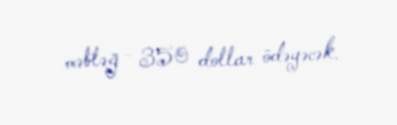
məbləğ - 350 dollar ödəyəcək.